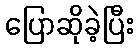
ပြောဆိုခဲ့ပြီး